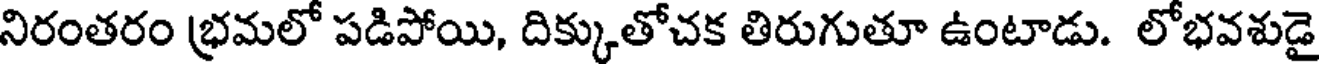
నిరంతరం భ్రమలో పడిపోయి, దిక్కుతోచక తిరుగుతూ ఉంటాడు. లోభవశుడై